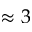
\approx 3